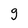
Character: g